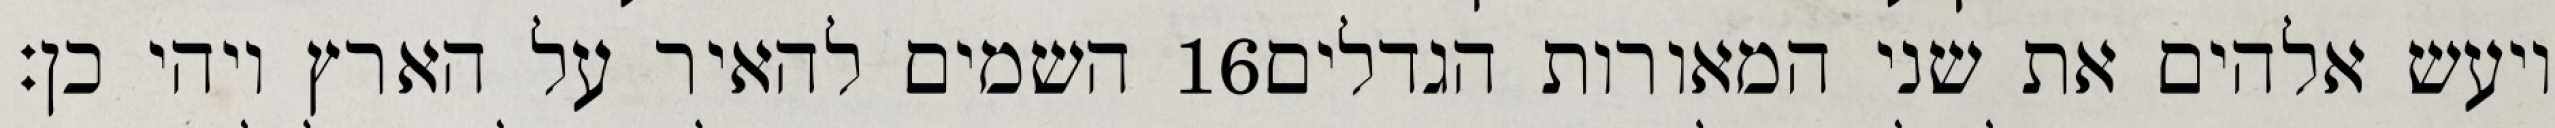
השמים להאיר על הארץ ויהי כן׃ ‎16‏ ויעש אלהים את שני המאורות הגדלים